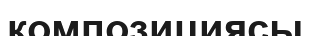
композициясы